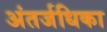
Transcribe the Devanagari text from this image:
अंतर्जधिका